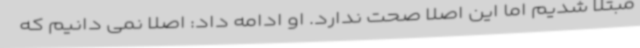
مبتلا شدیم اما این اصلا صحت ندارد. او ادامه داد: اصلا نمی دانیم که